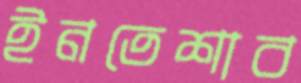
ইনতেশাব